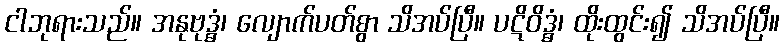
ငါဘုရားသည်။ အနုဗုဒ္ဓံ၊ လျောက်ပတ်စွာ သိအပ်ပြီ။ ပဋိဝိဒ္ဓံ၊ ထိုးထွင်း၍ သိအပ်ပြီ။